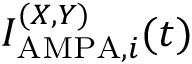
I _ { \mathrm { A M P A } , i } ^ { ( X , Y ) } ( t )